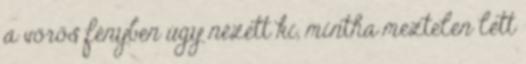
a vörös fényben úgy nézett ki, mintha meztelen lett